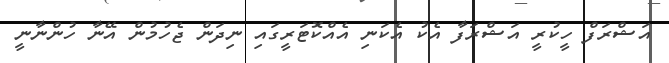
އަޝްރަފް ހީކުރީ އަޝްރަފާ އެކު އެކަނި އެއްކޮޓަރީގައި ނިދަން ޖެހުމުން އޭނާ ހުންނާނީ